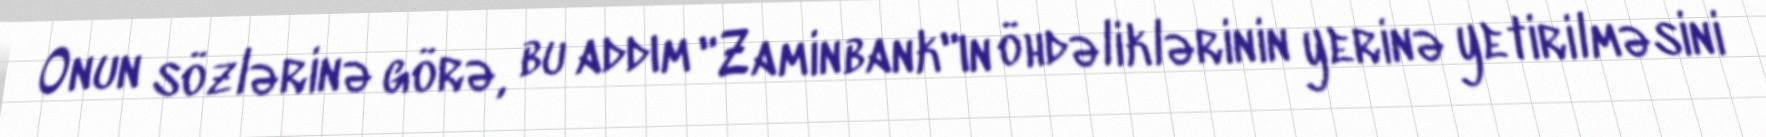
Onun sözlərinə görə, bu addım "Zaminbank"ın öhdəliklərinin yerinə yetirilməsini